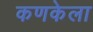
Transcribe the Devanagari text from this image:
कणकेला